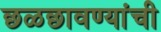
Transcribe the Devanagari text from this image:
छळछावण्यांची